Scottish Certificate of Education, 1962
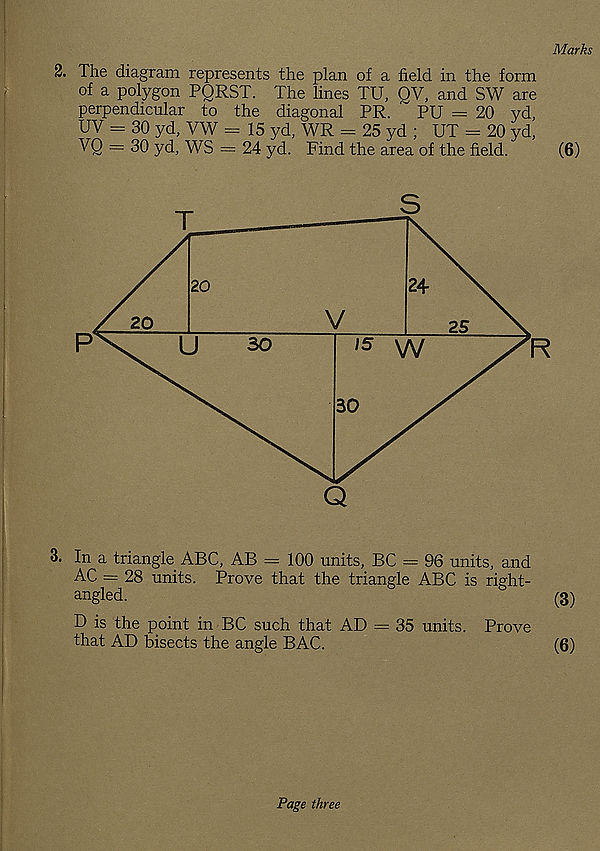
Marks
2. The diagram represents the plan of a field in the form
of a polygon PQRST. The lines TU, QV, and SW are
perpendicular to the diagonal PR. ~ PU = 20 yd,
UV - 30 yd, VW = 15 yd, WR = 25 yd ; UT - 20 yd,
VQ — 30 yd, WS = 24 yd. Find the area of the field.
(6)
3. In a triangle ABC, AB — 100 units, BC = 96 units, and
AC = 28 units. Prove that the triangle ABC is right-
angled.
(3)
D is the point in BC such that AD = 35 units. Prove
that AD bisects the angle BAC.
(6)
Page three